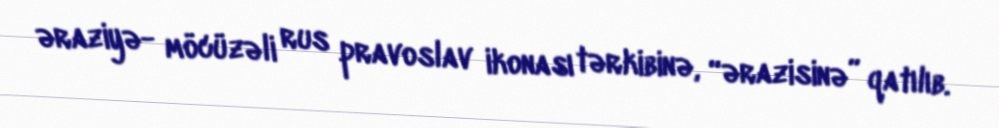
əraziyə- möcüzəli rus pravoslav ikonası tərkibinə, “ərazisinə” qatılıb.